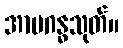
အာမဂန္ဓသုတ်။